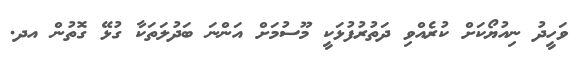
ވަހީދު ނިއުޔޯކަށް ކުރެއްވި ދަތުރުފުޅަކީ މޫސުމަަށް އަންނަ ބަދުލަތަކާ ގުޅޭ ގޮތުން އދ.